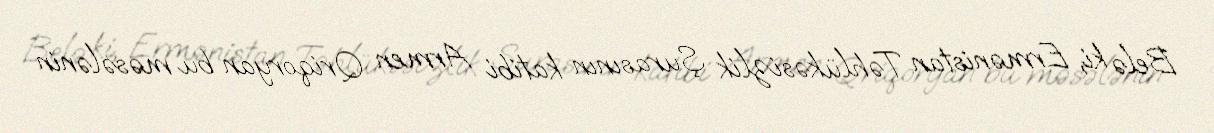
Belə ki, Ermənistan Təhlükəsizlik Şurasının katibi Armen Qriqoryan bu məsələnin